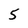
Character: 5